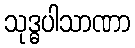
သုဒ္ဓပါသာဏာ